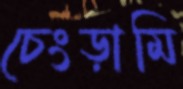
চেংড়ামি